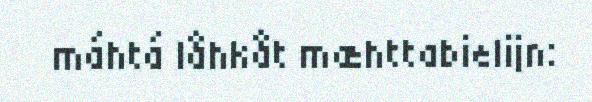
máhtá låhkåt mæhttabielijn: